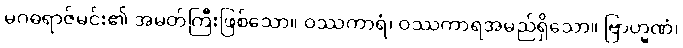
မဂဓရာဇ်မင်း၏ အမတ်ကြီးဖြစ်သော။ ဝဿကာရံ၊ ဝဿကာရအမည်ရှိသော။ ဗြာဟ္မဏံ၊